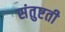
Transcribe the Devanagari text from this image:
संतुष्टती